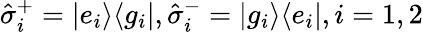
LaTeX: \hat{\sigma}_{i}^{+}=|e_{i}\rangle\langle g_{i}|,\hat{\sigma}_{i}^{-}=|g_{i}\rangle\langle e_{i}|,i=1,2